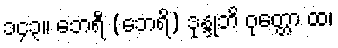
၁၄၃။ ဘေရီ (ဘေရိ) ဒုန္ဒုဘိ ဝုတ္တော ထ၊